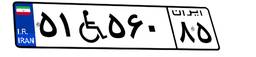
۵۱W۵۶۰۸۵